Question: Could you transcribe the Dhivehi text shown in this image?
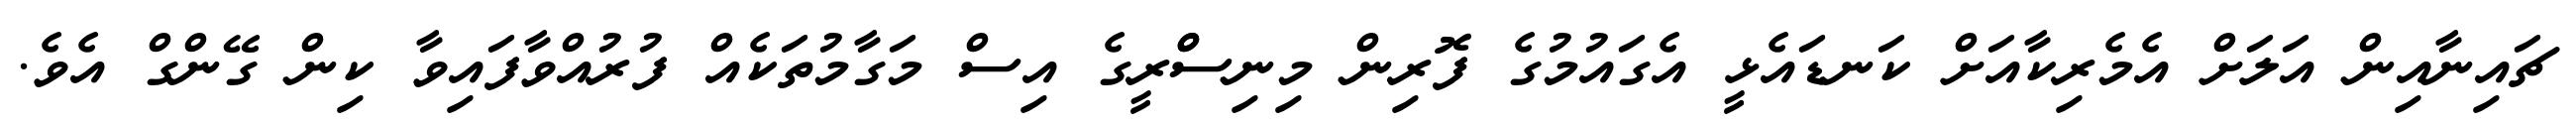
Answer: ޗައިނާއިން އަލަށް އެމެރިކާއަށް ކަނޑައެޅީ އެގައުމުގެ ފޮރިން މިނިސްްރީގެ އިސް މަގާމުތަކެއް ފުރުއްވާފައިވާ ކިން ގޭންގް އެވެ.